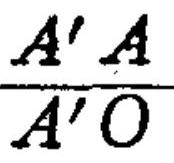
\frac{A^{\prime}A}{A^{\prime}O}